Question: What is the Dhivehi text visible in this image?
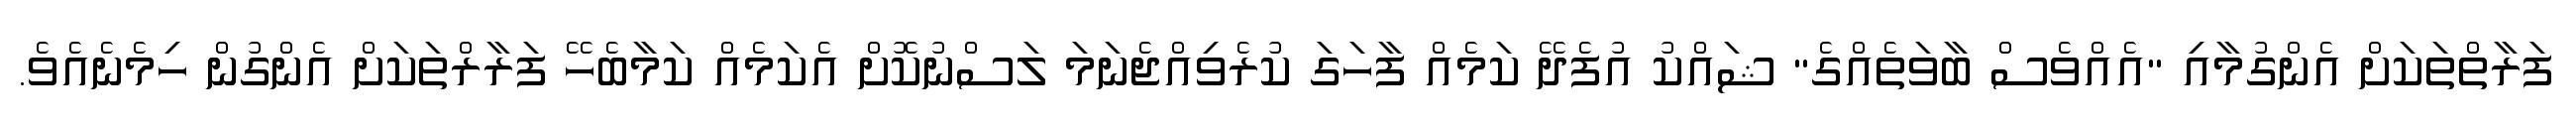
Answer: ފަރާތްތަކަށް އެންގުމާއި "އެއްވެސް ބާވަތެއްގެ" ޝައްކު އުފެދޭ ކަމެއް ފާހަގަ ކުރެވިއްޖެނަމަ ލަސްނުކޮށް އެކަމެއް ކަމާބެހޭ ފަރާރްތަކަށް އެންގުން ހިމެނެއެވެ.